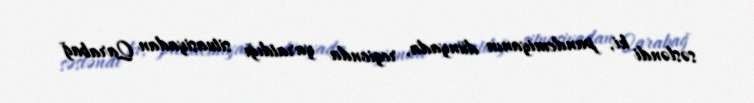
səsləndi ki, pandemiyanın dünyada, regionda yaratdığı situasiyadan Qarabağ